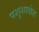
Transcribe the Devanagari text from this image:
पशुशाळेत